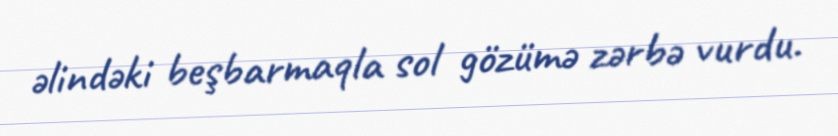
əlindəki beşbarmaqla sol gözümə zərbə vurdu.